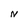
Character: N